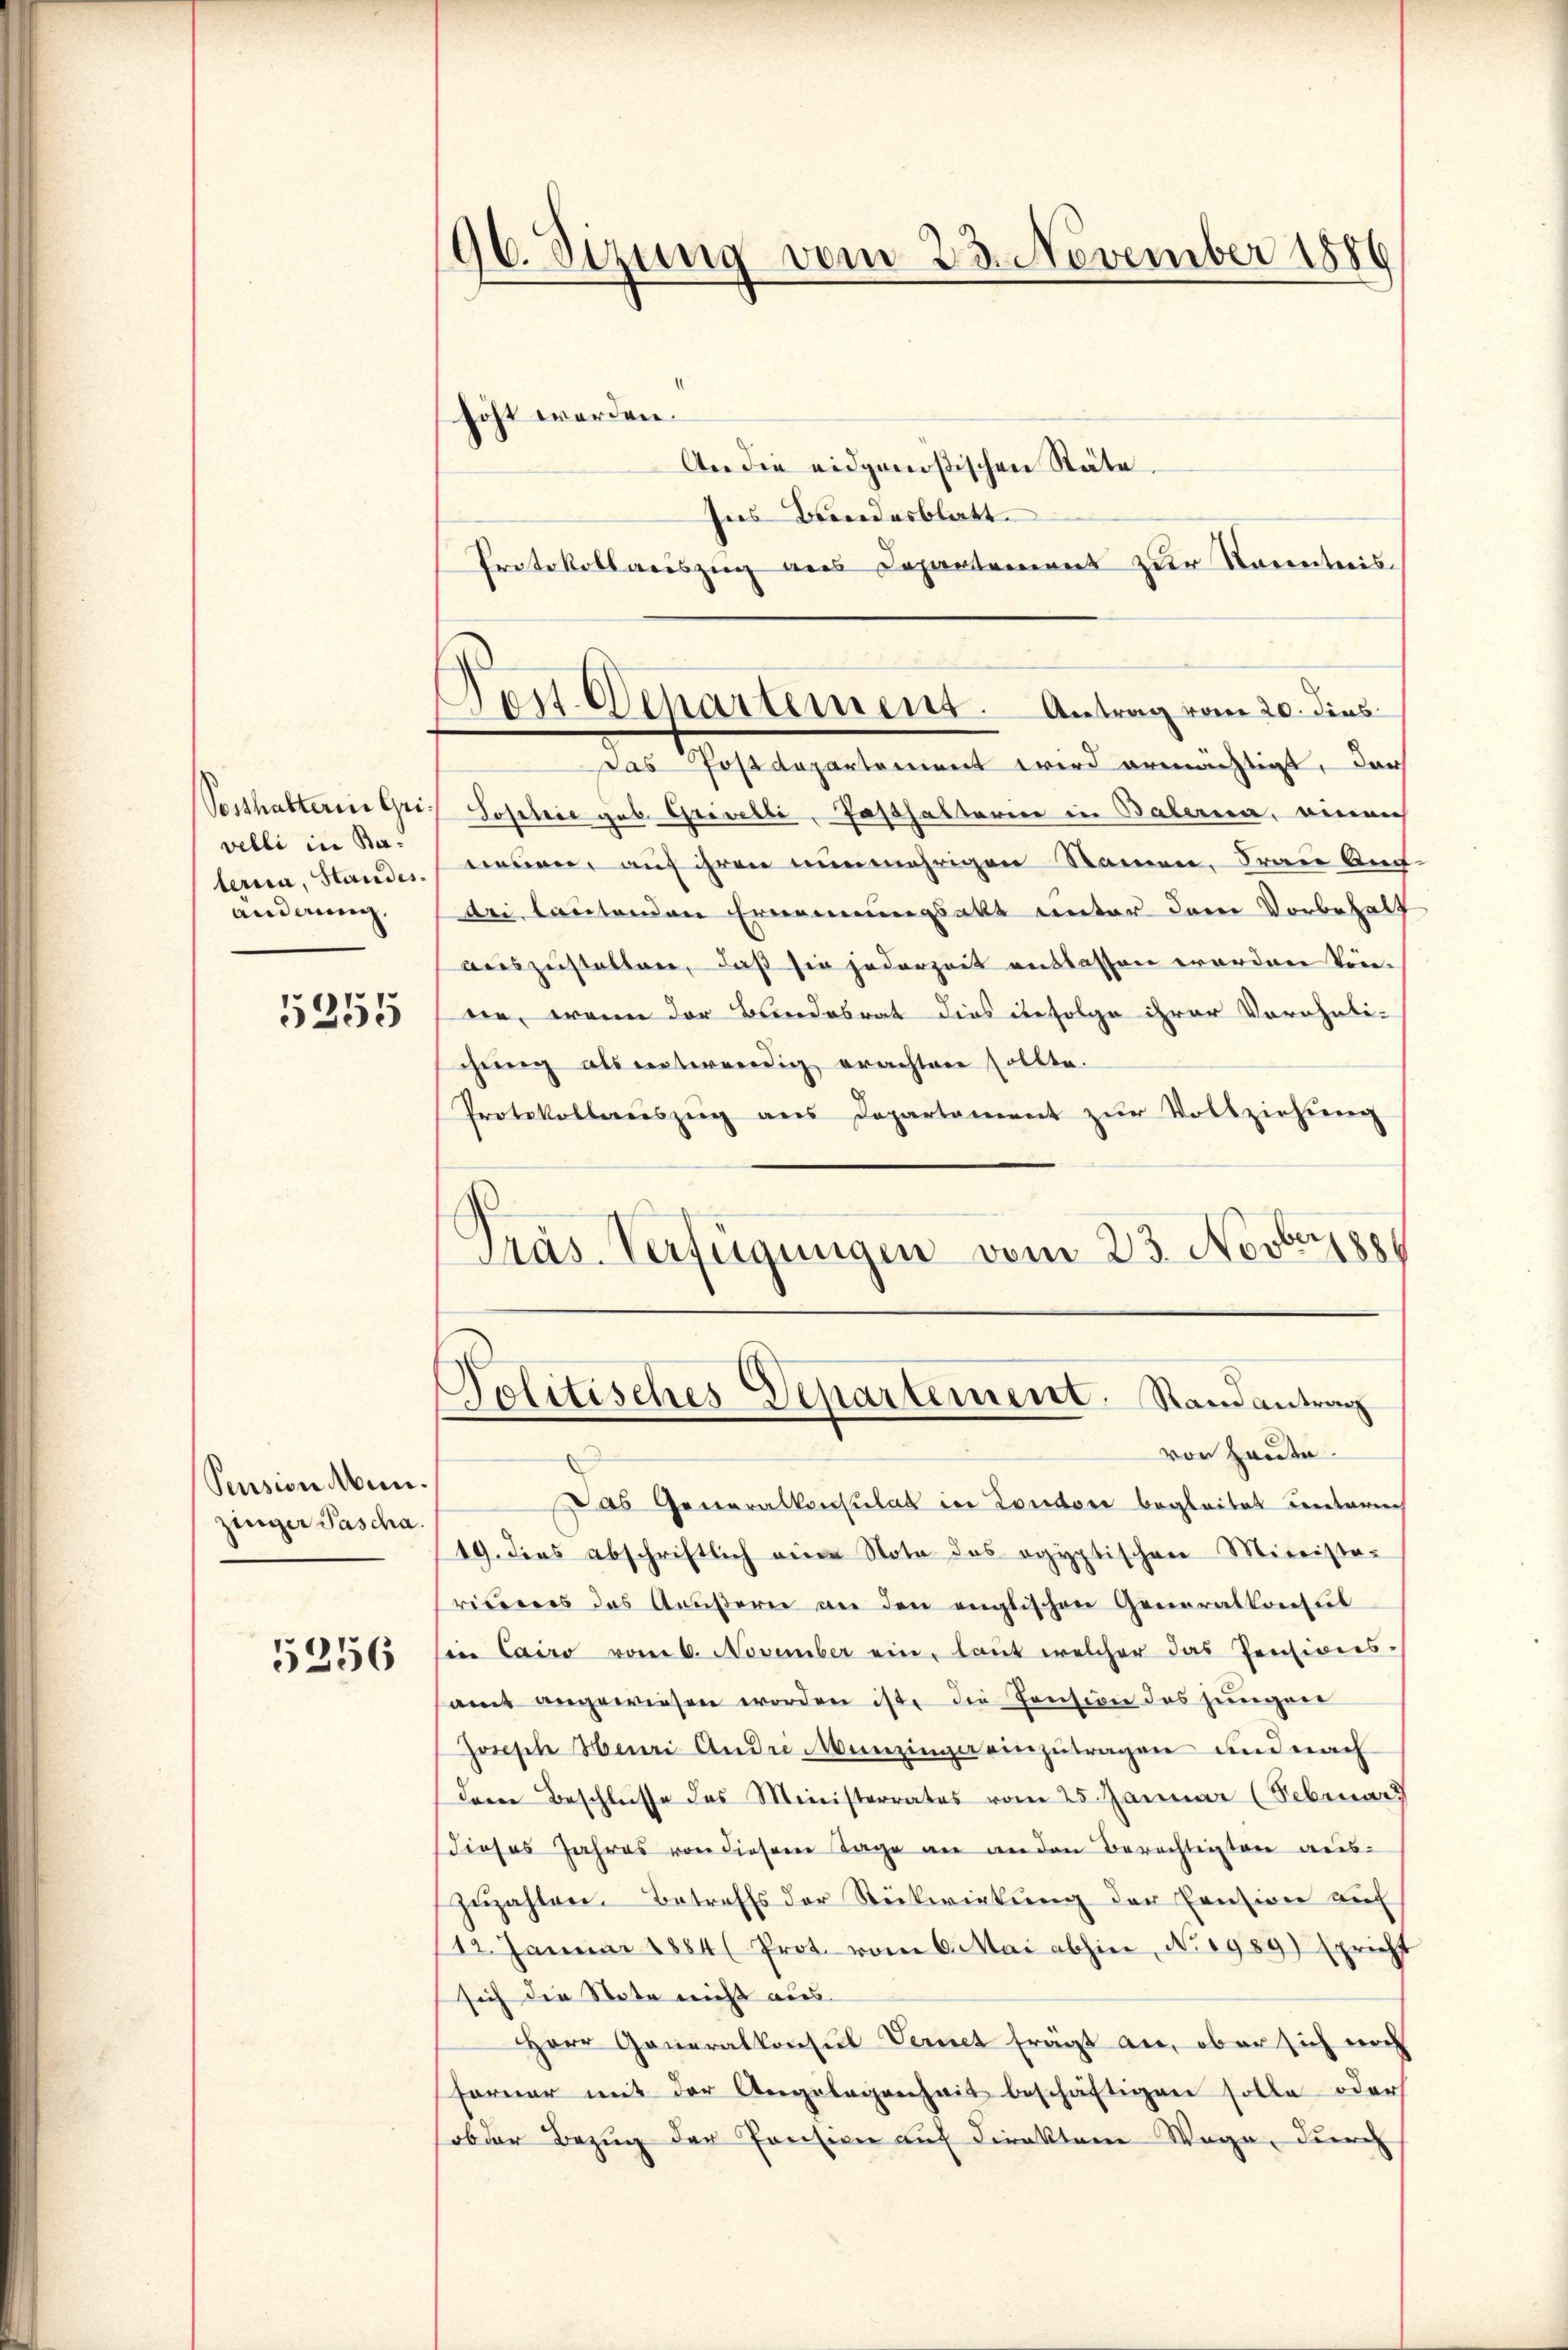
Posthalterin Grivelli in Be-
teria, Standesänderung.

5355

Pension Menzinger Pascha.

5356

96. Sizung vom 23. November 1886

Test. Separtement. Antrag vom 20. dies

höht werden.
An die eidgenößischen Stäte.
Ins Bundesblatt
Protokollauszug aus Departement zur Kenntnis
das Postdepartement wird ermächtigt, dar
Sostrie geb. Grivelli, Pesthaltern in Balena, einen
nennen, auf ihren nunmehrigen Namen. Frau Amt
dei lautenden Ernennungsakt unter dem Vorbehalt
auszustellen, daß sie jederzeit auslassen worden köneen, wenn der Bundesrat dies infolge ihrer Vorähnli-
chung als entwendig erachten sollte.
Protokollaŭszŭg ans Departement zŭr Vollziehŭng
Pras-Verfügungen vom 23. Novberze

von Haute

Politisches Departement. Randantrag

Das Generalkonsulat in Londore begleitet unterrech
19. dies abschriftlich eine Nota das egyptischen Miteiste-
riums des Aeußern an den englischen Generalkonsul
in Cairo vom 6. November ein, laut welcher das Pensionsamt angewiesen worden ist, die Pension das jüngere
Joseph Henri Andre Munzinger einzŭtragen und nach
dere Beschlusse des Ministerrates vom 25. Januar (Februar
Dieses Jahres von diesem Tage an an den Berechtigten reiszuzahlen. Betreffs der Stückwirkung der Pension auf
112. Januar 1884 Prot. vom 6. Mai abhin, No. 1989) spricht
sich der Nota nicht aus
Herr Generalkonsul Vernet frägt an, aber sich noch
Ferner mit der Angelegenheit beschäftigen solle oder
sob der Bezug der Pension auf direktor Wege, durch